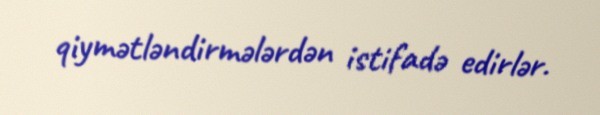
qiymətləndirmələrdən istifadə edirlər.